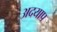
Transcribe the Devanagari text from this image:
अदयाप